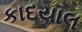
કાદયાલ